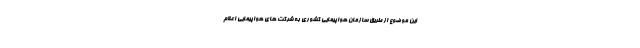
این موضوع از طریق سازمان هواپیمایی کشوری به شرکت های هواپیمایی اعلام